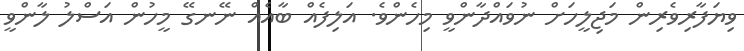
ވިޔަފާރިވެރިން މަޖިލީހަށް ނުވައްދާންވީ މިހެންވެ. އަލިފެއް ބާއެއް ނޭނގޭ މީހުން އަސްލު ލާންވީ